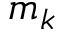
m _ { k }